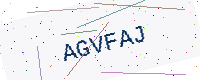
Text: AGVFAJ